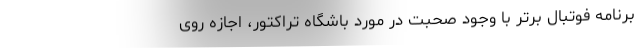
برنامه فوتبال برتر با وجود صحبت در مورد باشگاه تراکتور، اجازه روی